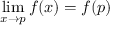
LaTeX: \operatorname* { l i m } _ { x \to p } f ( x ) = f ( p )